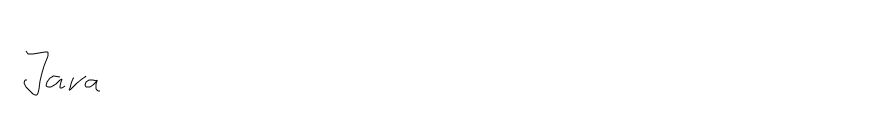
Java